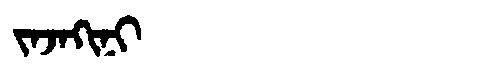
Manchu: ᠵᠠᠵᠠᡴᡳᠨᡳ
Romanization: JAJAKINI